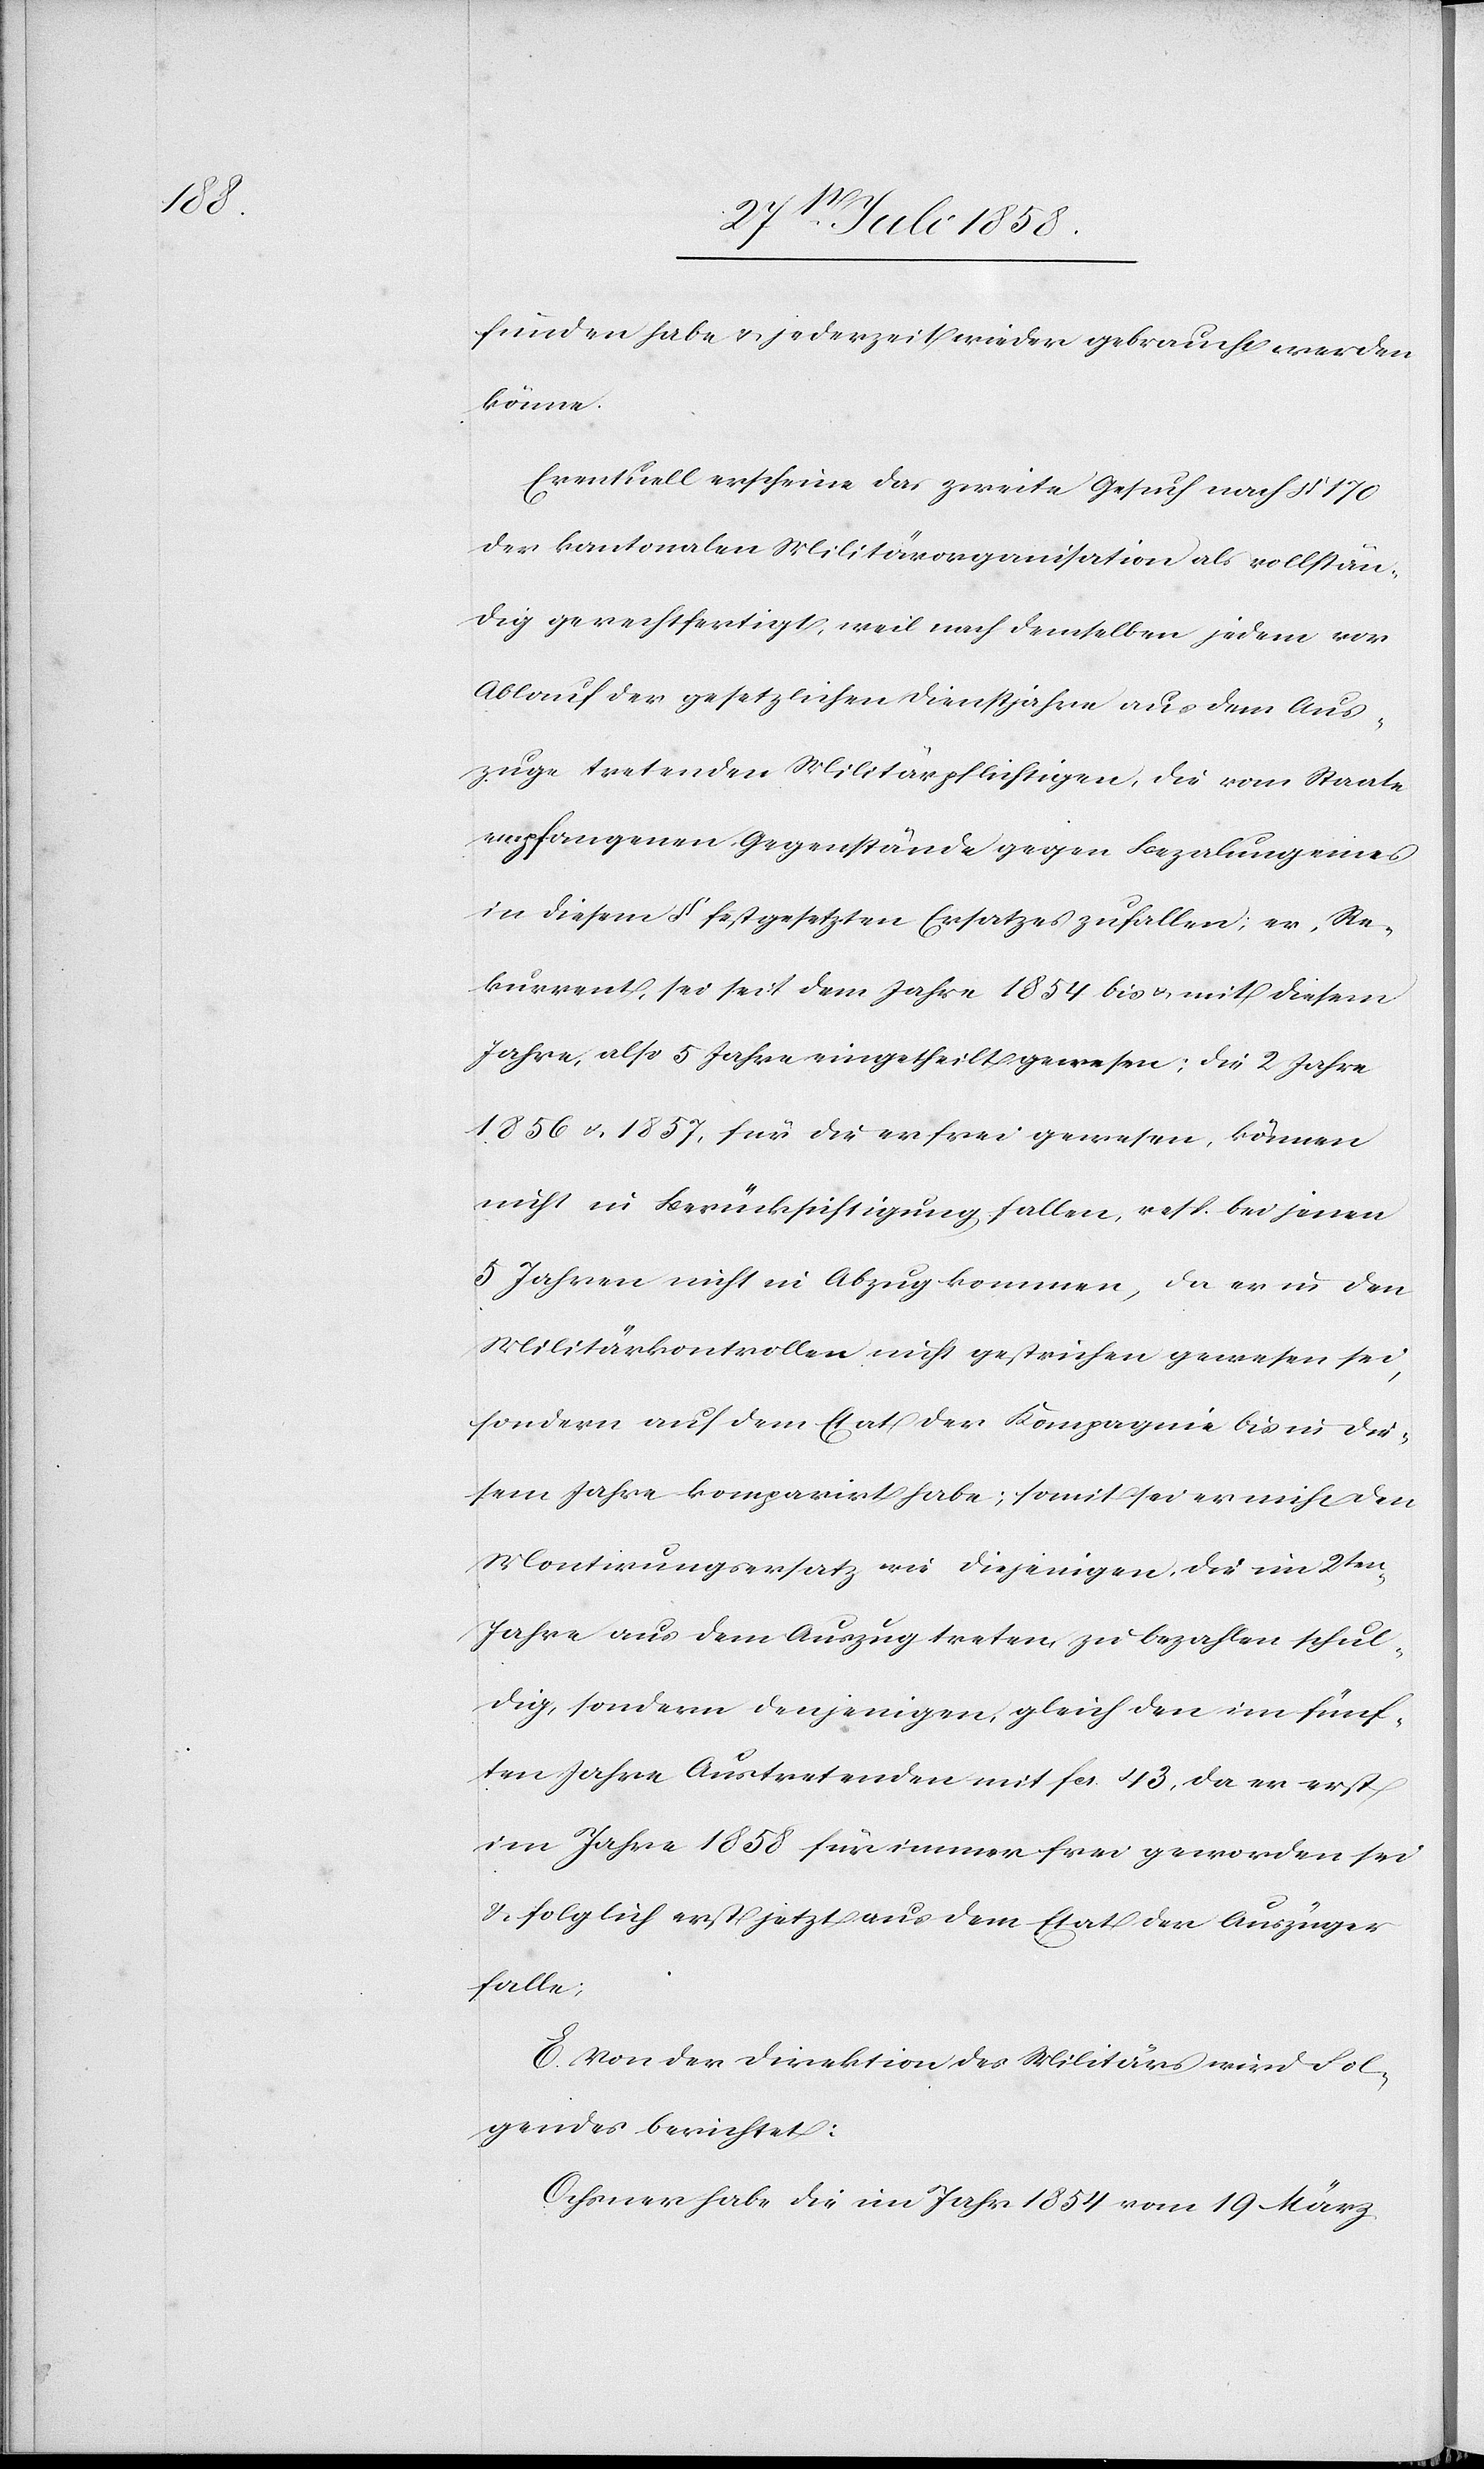
funden habe & jederzeit wieder gebraucht werden
könne.
Eventuell erscheine das zweite Gesuch nach § 170
der kantonalen Militärorganisation als vollstän¬
dig gerechtfertigt, weil nach demselben jedem vor
Ablauf der gesetzlichen Dienstjahre aus dem Aus¬
zuge tretenden Militärpflichtigen, die vom Staate
empfangenen Gegenstände gegen Bezalung eines
in diesem § festgesetzten Ersatzes zufallen; er, Re¬
kurrent, sei seit dem Jahre 1854 bis & mit diesem
Jahre, also 5 Jahre eingetheilt gewesen; die 2 Jahre
1856 & 1857, für die er frei gewesen, können
nicht in Berücksichtigung fallen, resp. bei jenen
5 Jahren nicht in Abzug kommen, da er in den
Militärkontrollen nicht gestrichen gewesen sei,
sondern auf dem Etat der Kompagnie bis in die¬
sem Jahre komparirt habe; somit sei er nicht den
Montirungsersatz wie diejenigen, die im 2ten
Jahre aus dem Auszug treten, zu bezahlen schul¬
dig, sondern denjenigen, gleich den im fünf¬
ten Jahre Austretenden mit fcs. 43, da er erst
im Jahre 1858 für immer frei geworden sei
& folglich erst jetzt aus dem Etat der Auszüger
falle;
E. Von der Direktion des Militärs wird Fol¬
gendes berichtet:
Ochsner habe die im Jahr 1854 vom 19 März